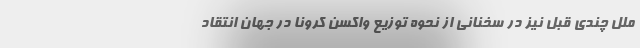
ملل چندی قبل نیز در سخنانی از نحوه توزیع واکسن کرونا در جهان انتقاد